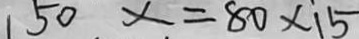
1 5 0 x = 8 0 \times 1 5